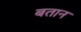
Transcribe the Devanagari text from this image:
बतान